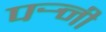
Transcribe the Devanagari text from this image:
पर्‍नी